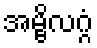
အမ္ဗိလဂ္ဂံ